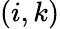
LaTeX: (i,k)